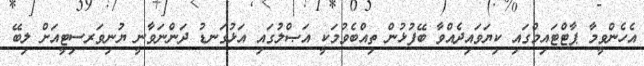
އެހެންވީމާ ޕާޓްޓައިމްގައި ކިޔަވައިދެއްވާ ބޭފުޅުން ތިއްބެވުމަކީ އަޞްލުގައި އަޅުގަނޑު ދަންނަވާނީ ޔުނިވަރސިޓީއަށް ލިބޭ